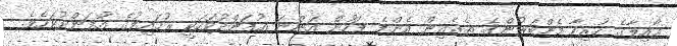
ޢާއިލާގެ ހުރިހާ މެންބަރުންގެ ތެރެއިން އެންމެ ފަހުން އަންނަ އުފަންދުވަހަކީ ރުހައިލުގެ އުފަންދުވަހެވެ.